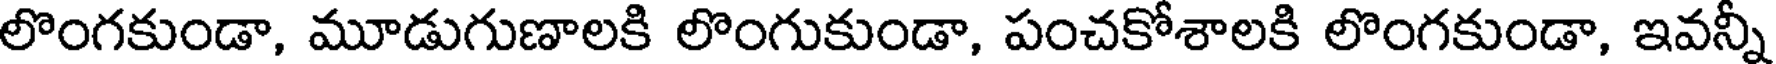
లొంగకుండా, మూడుగుణాలకి లొంగుకుండా, పంచకోశాలకి లొంగకుండా, ఇవన్నీ